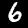
Digit: 6